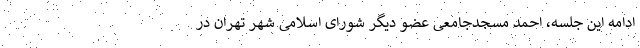
ادامه این جلسه، احمد مسجدجامعی عضو دیگر شورای اسلامی شهر تهران در